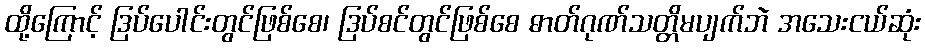
ထို့ကြောင့် ဒြပ်ပေါင်းတွင်ဖြစ်စေ၊ ဒြပ်စင်တွင်ဖြစ်စေ ဓာတ်ဂုဏ်သတ္တိမပျက်ဘဲ အသေးငယ်ဆုံး